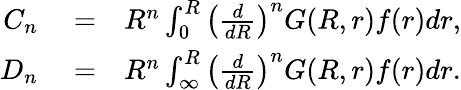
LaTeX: \begin{array}{rlr}{\displaystyle C_{n}}&{{}=}&{R^{n}\int_{0}^{R}\left(\frac{d}{dR}\right)^{n}G(R,r)f(r)dr,}\\ {\displaystyle D_{n}}&{{}=}&{R^{n}\int_{\infty}^{R}\left(\frac{d}{dR}\right)^{n}G(R,r)f(r)dr.}\end{array}